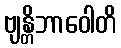
ဗျန္တိဘာဝေါတိ